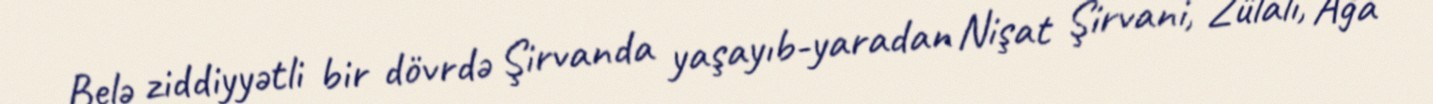
Belə ziddiyyətli bir dövrdə Şirvanda yaşayıb-yaradan Nişat Şirvani, Zülali, Ağa